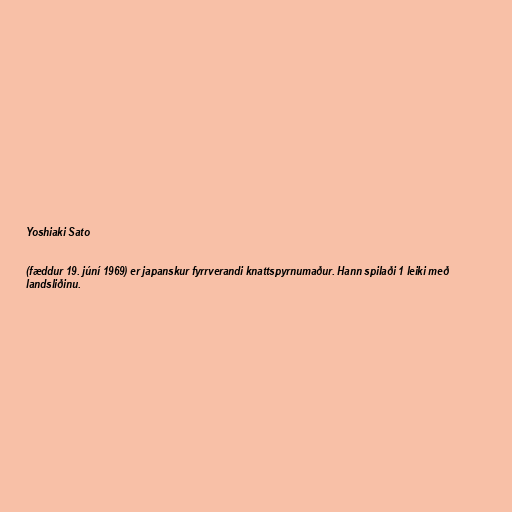
Yoshiaki Sato

(fæddur 19. júní 1969) er japanskur fyrrverandi knattspyrnumaður. Hann spilaði 1 leiki með
landsliðinu.